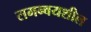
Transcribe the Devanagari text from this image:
समन्वयशील